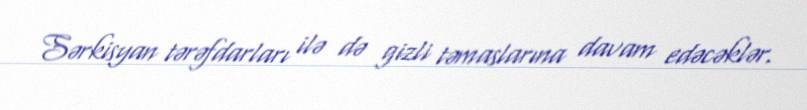
Sərkisyan tərəfdarları ilə də gizli təmaslarına davam edəcəklər.